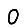
Digit: 0